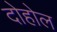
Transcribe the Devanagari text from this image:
दोहोल